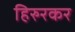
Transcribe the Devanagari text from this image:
हिरुरकर